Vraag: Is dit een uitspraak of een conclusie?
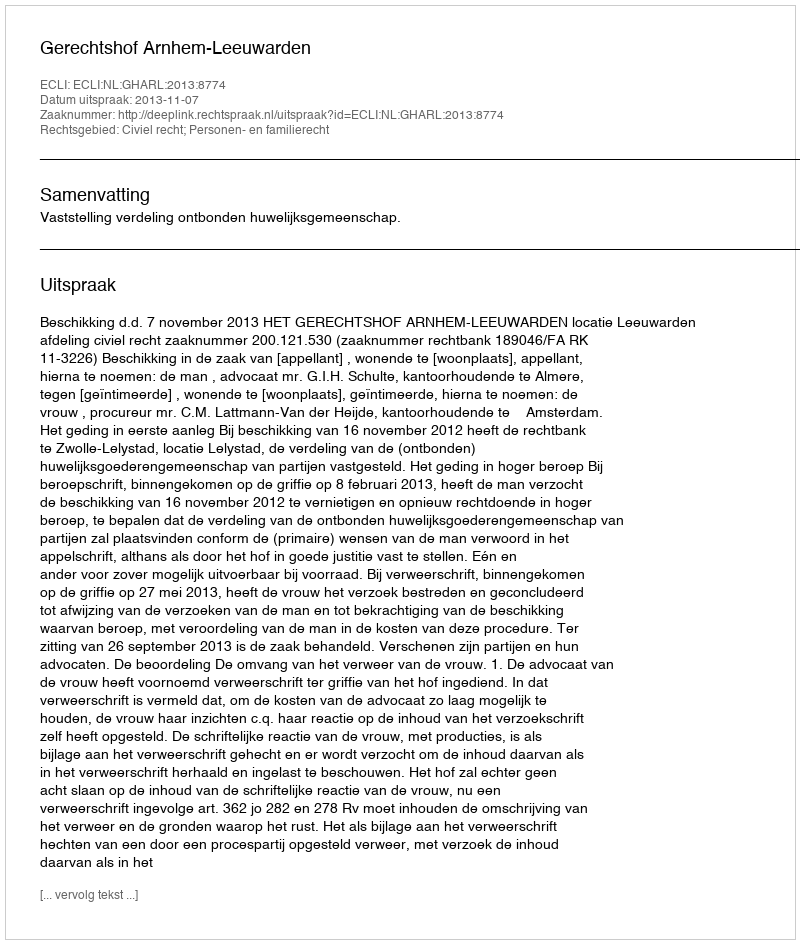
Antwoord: Uitspraak